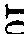
10